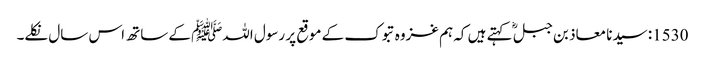
1530: سیدنا معاذ بن جبلؓ کہتے ہیں کہ ہم غزوہ تبوک کے موقع پر رسول اللہﷺ کے ساتھ اس سال نکلے۔